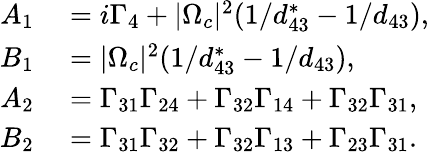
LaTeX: \begin{array}{rl}{A_{1}}&{{}=i\Gamma_{4}+|\Omega_{c}|^{2}(1/d_{43}^{\ast}-1/d_{43}),}\\ {B_{1}}&{{}=|\Omega_{c}|^{2}(1/d_{43}^{\ast}-1/d_{43}),}\\ {A_{2}}&{{}=\Gamma_{31}\Gamma_{24}+\Gamma_{32}\Gamma_{14}+\Gamma_{32}\Gamma_{31},}\\ {B_{2}}&{{}=\Gamma_{31}\Gamma_{32}+\Gamma_{32}\Gamma_{13}+\Gamma_{23}\Gamma_{31}.}\end{array}